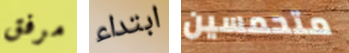
مرفق ابتداء متحمسين